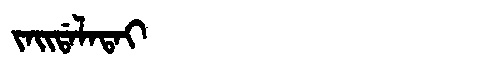
Manchu: ᠵᠠᡳᡩᠠᠯᠠᡨᠠᡳ
Romanization: JAIDALATAI